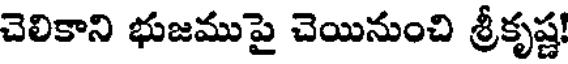
చెలికాని భుజముపై చెయినుంచి శ్రీకృష్ణ